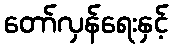
တော်လှန်ရေးနှင့်